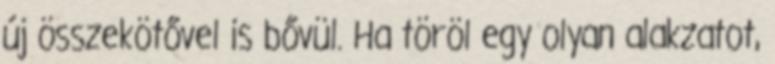
új összekötővel is bővül. Ha töröl egy olyan alakzatot,